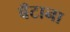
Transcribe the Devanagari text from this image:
बँटाना